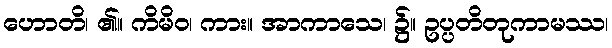
ဟောတိ၊ ၏။ ကိမိဝ၊ ကား။ အာကာသေ၊ ၌။ ဥပ္ပတိတုကာမဿ၊